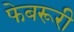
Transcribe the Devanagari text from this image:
फेबरूरी